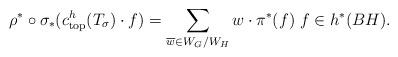
LaTeX: \begin{align*} \rho^{*} \circ \sigma_{*} (c^{h}_{{\rm top}} (T_{\sigma}) \cdot f) = \sum_{\overline{w} \in W_{G}/W_{H}} w \cdot \pi^{*} (f) \; f \in h^{*}(BH). \end{align*}